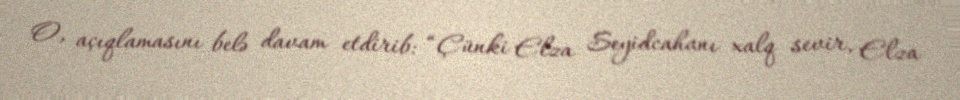
O, açıqlamasını belə davam etdirib: “Çünki Elza Seyidcahanı xalq sevir, Elza